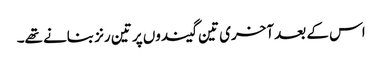
اس کے بعد آخری تین گیندوں پر تین رنز بنانے تھے۔